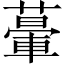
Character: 𦾥